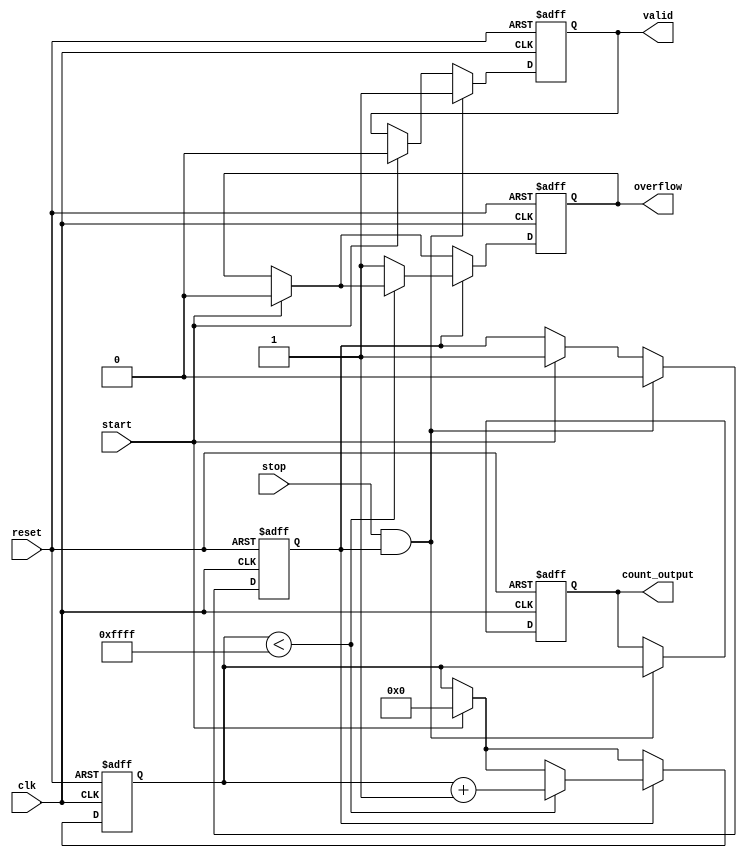
module TDC (
    input wire clk,           // Clock signal
    input wire reset,         // Reset signal
    input wire start,         // Start signal
    input wire stop,          // Stop signal
    output reg [15:0] count_output, // Output for the count value
    output reg valid,         // Output to indicate valid data
    output reg overflow       // Output for overflow indication
);
    // Parameters
    parameter MAX_COUNT = 16'hFFFF; // Maximum count value for 16-bit counter

    // Internal signals
    reg [15:0] counter;         // 16-bit counter
    reg counting;               // Flag to indicate if counting is active

    // Memory block to store count values (simple array)
    reg [15:0] memory [0:7];    // 8 entries for storing count values
    reg [2:0] write_ptr;        // Write pointer for memory (3 bits for 8 locations)

    // Reset logic and counter behavior
    always @(posedge clk or posedge reset) begin
        if (reset) begin
            counting <= 1'b0;
            counter <= 16'h0000;
            write_ptr <= 3'b000;
            count_output <= 16'h0000;
            valid <= 1'b0;
            overflow <= 1'b0;
        end 
        else begin
            // Start counting
            if (start) begin
                counting <= 1'b1;
                counter <= 16'h0000; // Reset counter on start
                valid <= 1'b0;       // Invalidate output
                overflow <= 1'b0;    // Clear overflow flag
            end
            
            // Counting logic
            if (counting) begin
                if (counter < MAX_COUNT) begin
                    counter <= counter + 1; // Increment counter
                end
                else begin
                    overflow <= 1'b1; // Set overflow flag if max count reached
                end
            end

            // Stop counting and store value
            if (stop && counting) begin
                counting <= 1'b0; // Stop counting
                memory[write_ptr] <= counter; // Store the count in memory
                count_output <= counter; // Output the count value
                valid <= 1'b1; // Set valid data indicator
                write_ptr <= write_ptr + 1; // Increment write pointer
                if (write_ptr == 3'b111) begin // Check if write pointer is at maximum
                    write_ptr <= 3'b000; // Wrap around to the beginning
                end
            end
        end
    end
endmodule